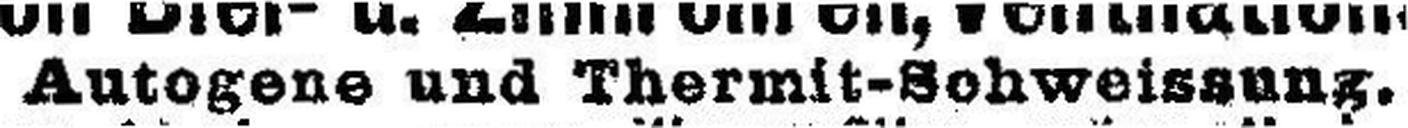
Autogene und Thermit-Schweissung.